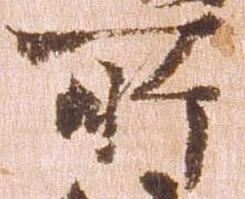
所